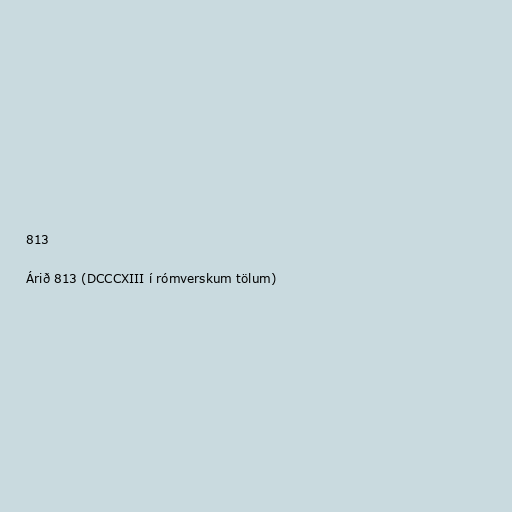
813

Árið 813 (DCCCXIII í rómverskum tölum)